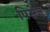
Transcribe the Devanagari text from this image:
पिसेज